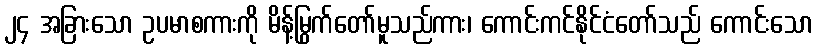
၂၄ အခြားသော ဥပမာစကားကို မိန့်မြွက်တော်မူသည်ကား၊ ကောင်းကင်နိုင်ငံတော်သည် ကောင်းသော